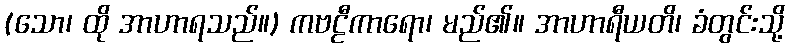
(သော၊ ထို အာဟာရသည်။) ကဗဠီကာရော၊ မည်၏။ အာဟာရီယတိ၊ ခံတွင်းသို့